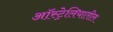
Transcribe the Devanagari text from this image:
अाॅस्ट्रेलियातील